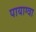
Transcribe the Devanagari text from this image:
पायाग्वा